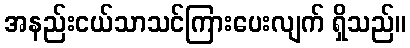
အနည်းငယ်သာသင်ကြားပေးလျက် ရှိသည်။